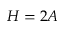
H = 2 A